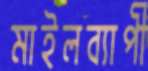
মাইলব্যাপী